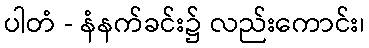
ပါတံ - နံနက်ခင်း၌ လည်းကောင်း၊